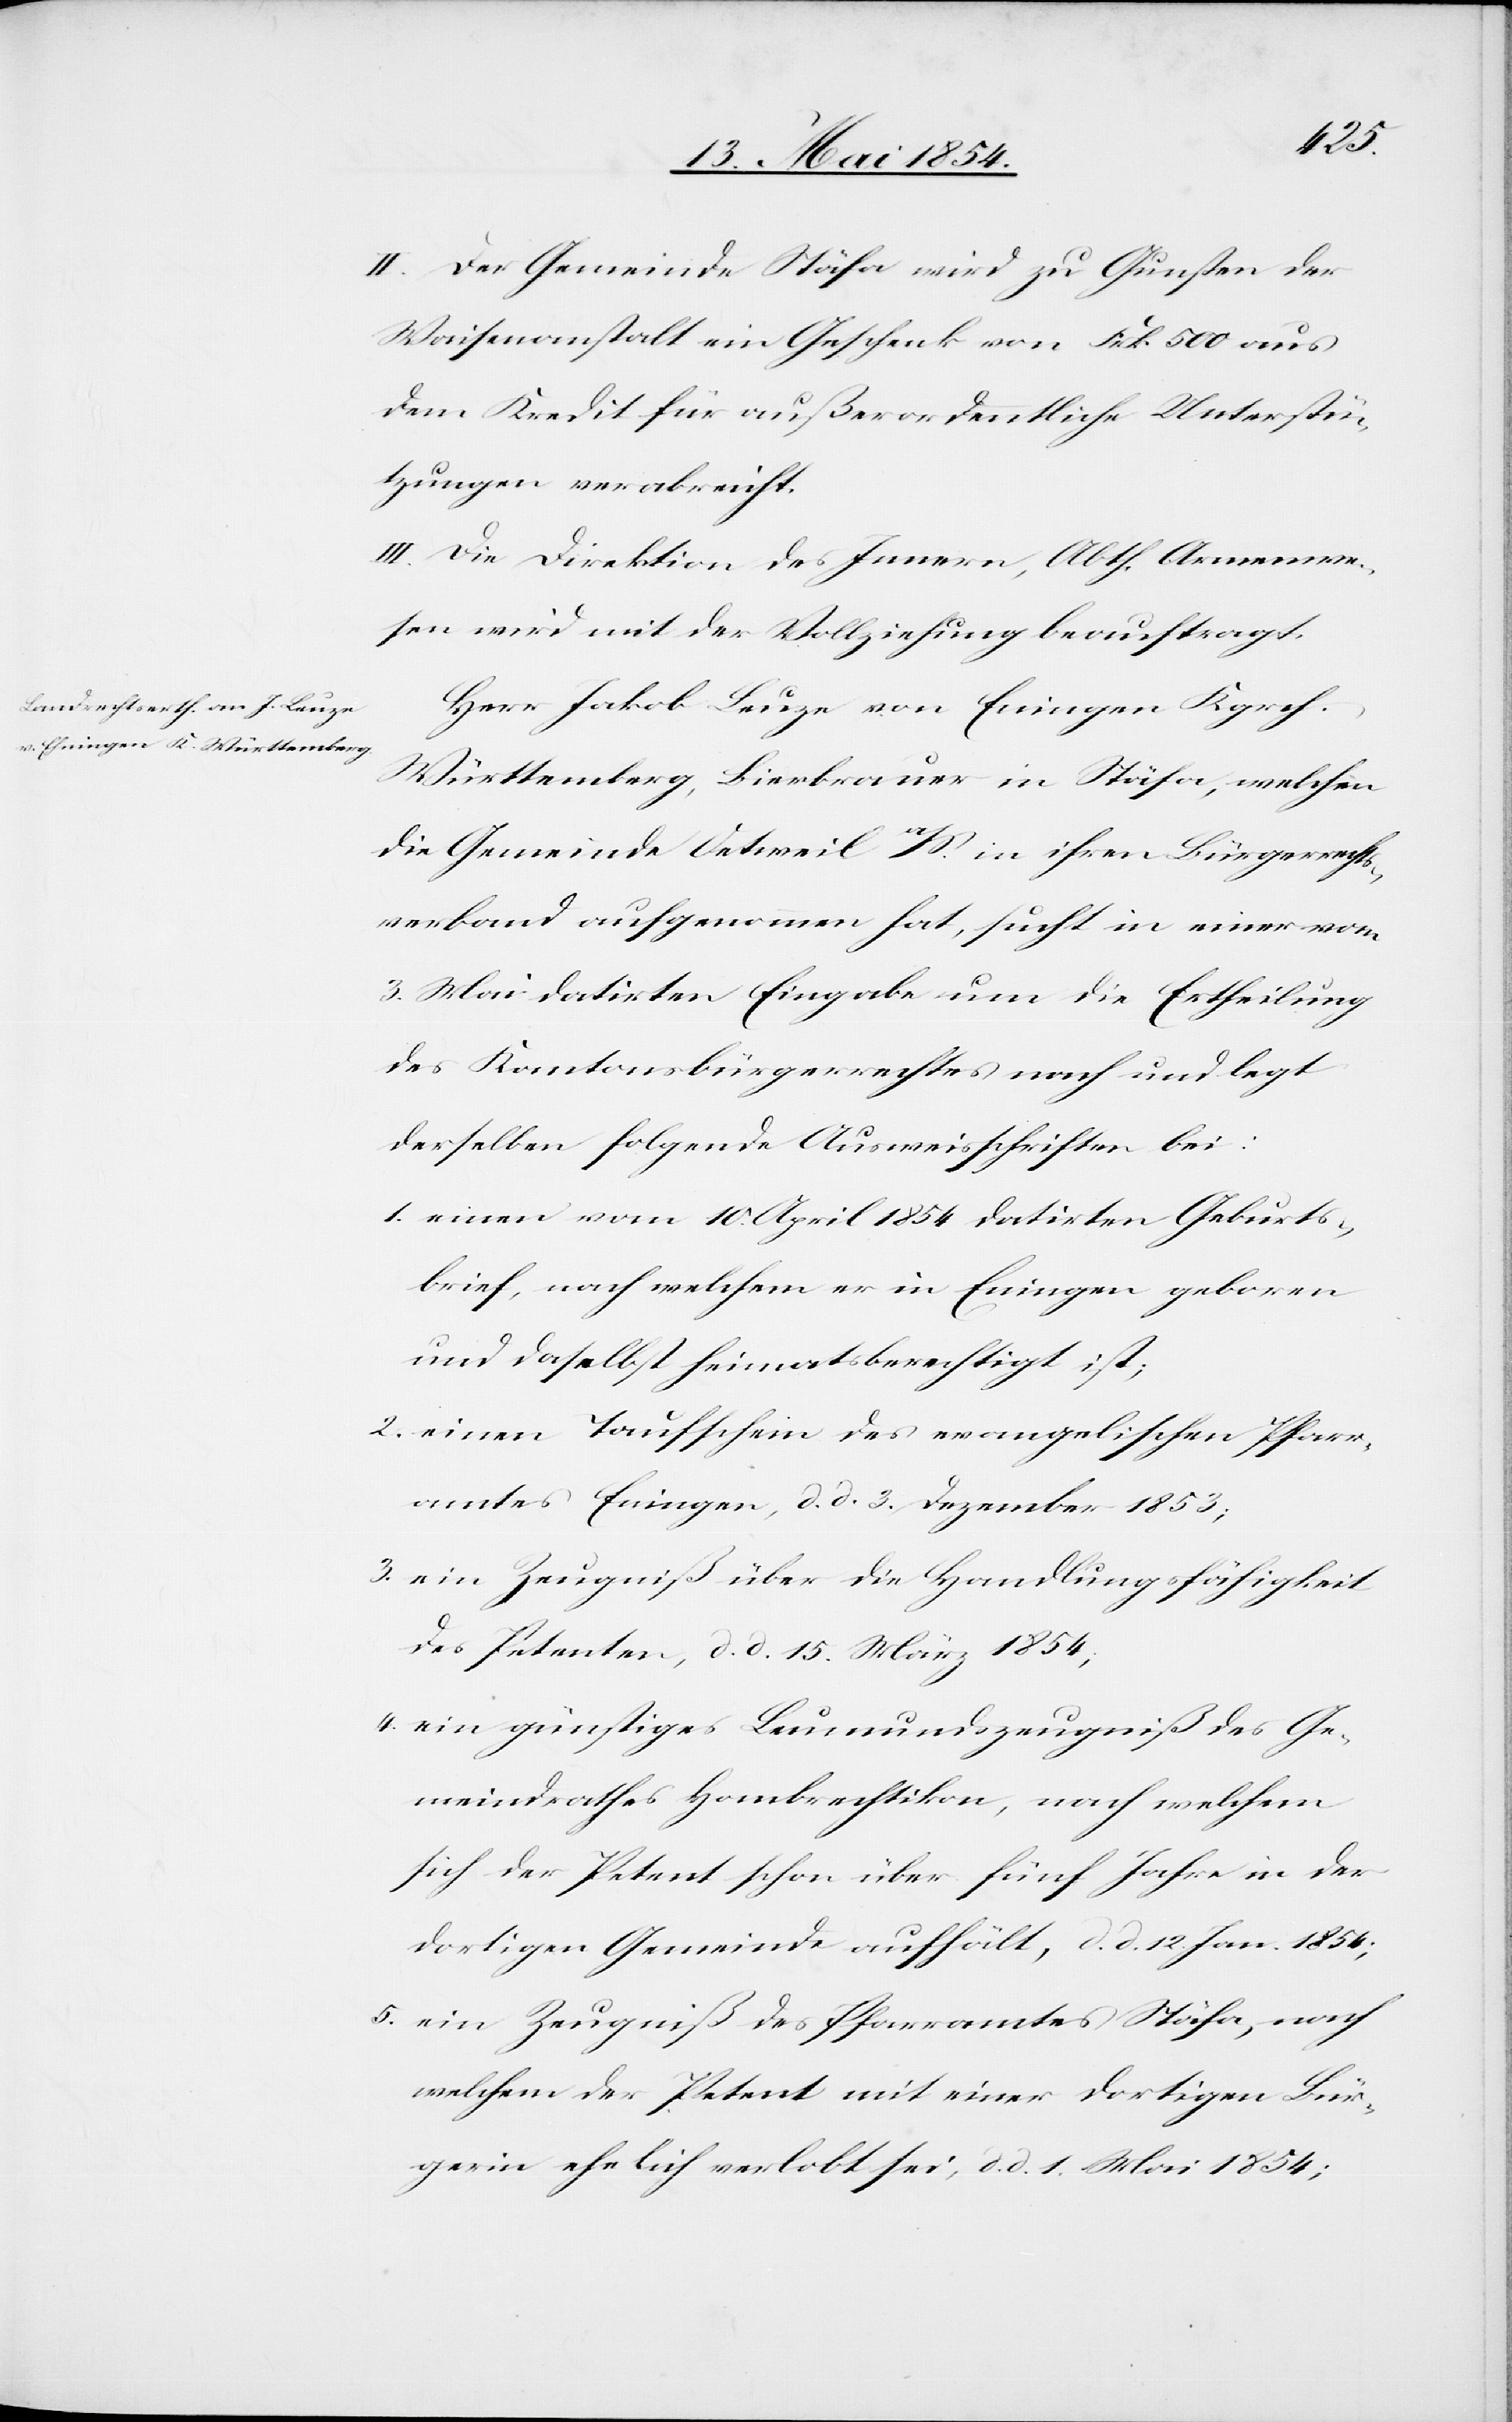
II. Der Gemeinde Stäfa wird zu Gunsten der
Waisenanstalt ein Geschenk von Frk. 500 aus
dem Kredit für außerordentliche Unterstü¬
tzungen verabreicht.
III. Die Direktion des Innern, Abth. Armenwe¬
sen wird mit der Vollziehung beauftragt.
Herr Jakob Leuze von E[h]ningen Kgrch
Württemberg, Bierbrauer in Stäfa, welchen
die Gemeinde Oetweil a/S. in ihren Bürgerrechts¬
verband aufgenommen hat, sucht in einer vom
3. Mai datirten Eingabe um die Ertheilung
des Kantonsbürgerrechtes nach und legt
derselben folgende Ausweisschriften bei:
1. einen vom 10. April 1854 datirten Geburts¬
brief, nach welchem er in E[h]ningen geboren
und daselbst heimatsberechtigt ist;
2. einen Taufschein des evangelischen Pfarr¬
amtes E[h]ningen, d. d. 3. Dezember 1853;
3. ein Zeugniß über die Handlungsfähigkeit
des Petenten, d. d. 15. März 1854;
4. ein günstiges Leumundszeugniß des Ge¬
meindrathes Hombrechtikon, nach welchem
sich der Petent schon über fünf Jahre in der
dortigen Gemeinde aufhält, d. d. 12. Jan. 1854;
5. ein Zeugniß des Pfarramtes Stäfa, nach
welchem der Petent mit einer dortigen Bür¬
gerin ehelich verlobt sei, d. d. 1. Mai 1854;